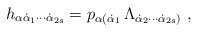
\begin{align*}h_{\alpha\dot\alpha_1\cdots\dot\alpha_{2s}}=p_{\alpha(\dot\alpha_1}\,\Lambda_{\dot\alpha_2\cdots\dot\alpha_{2s})}\ ,\end{align*}